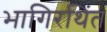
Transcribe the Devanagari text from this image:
भागिरथिंत